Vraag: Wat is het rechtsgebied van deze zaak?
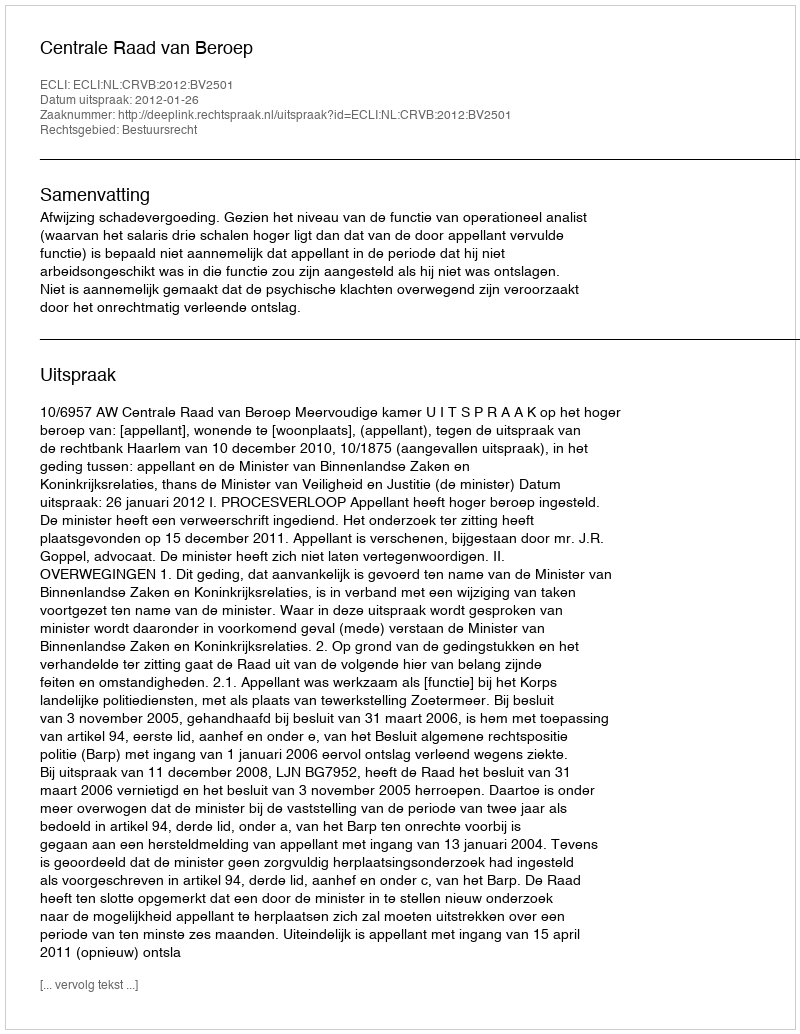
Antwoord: Bestuursrecht